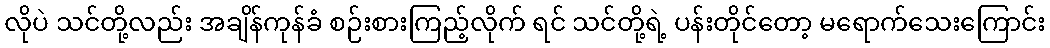
လိုပဲ သင်တို့လည်း အချိန်ကုန်ခံ စဉ်းစားကြည့်လိုက် ရင် သင်တို့ရဲ့ ပန်းတိုင်တော့ မရောက်သေးကြောင်း